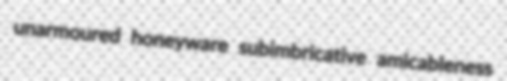
unarmoured honeyware subimbricative amicableness